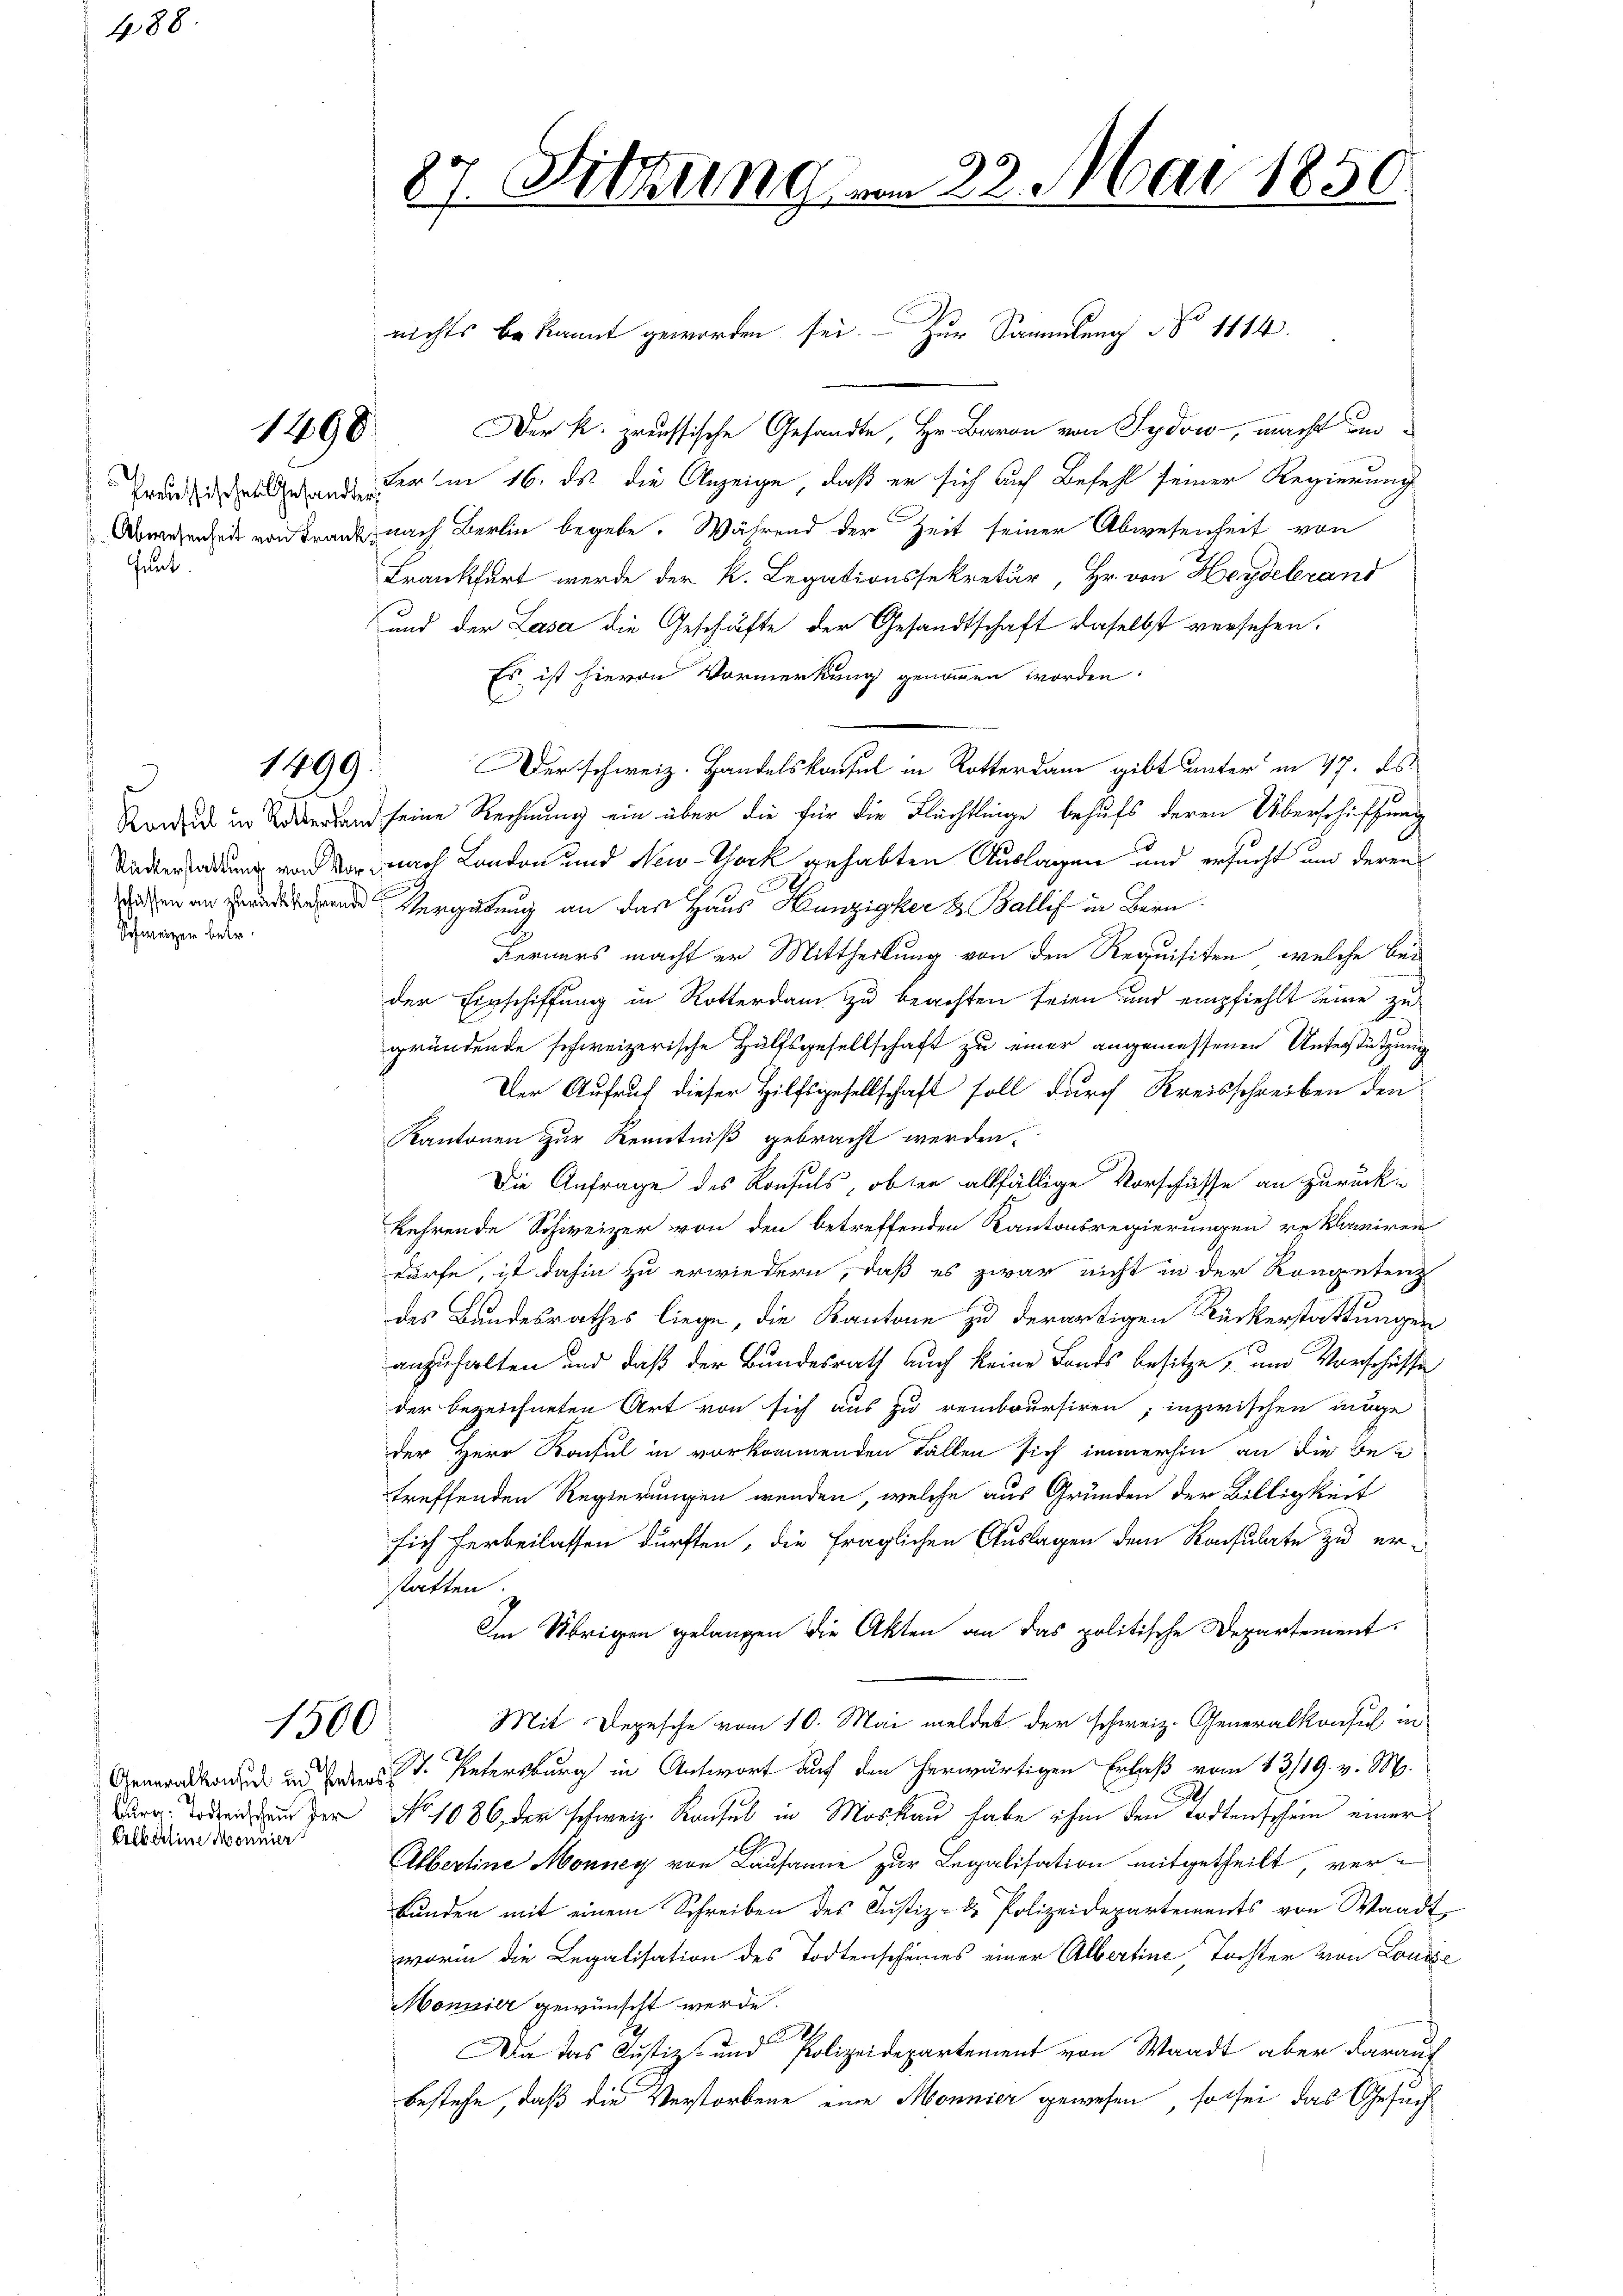
488.

Gunt

Schweizer betr.

1898

1499.

1500

Eilbarline Mönnier

Der k. preussische Gesandte, Hr. Baron von Sydow, macht an¬
Graderm 16. ds. die Anzeige, daß er sich auf Befehl seiner Regierung
Abwesenheit von Franz nach Berlin begebe. Während der Zeit seiner Abwesenheit von
Frankfurt werde der K. Legationssekretär, Hr. von Heydelerand
und der Lasa die Geschäfte der Gesandtschaft daselbst versehen.
Es ist hievon Vormerkung genommen worden.
Sardi in Wertend seine Rechnung ein über die für die Flüchtlinge behufs deren Überschiffung
Unterhaltung von vor nach London und New-York gehabten Auslagen und ersucht und deren
 Vergütung an das Haus Hunziger & Ballif in Bern
Ferners macht er Mittheilung von den Requisiten, welche bei
der Einschiffung in Rotterdam zu beachten seien und empfiehlt seine zu
gründende schweizerische Hülfsgesellschaft zu einer angemessenen Unterstützung
Der Aufruf dieser Hilfsgesellschaft soll durch Kreisschreiben den
Kantonen zur Kenntniß gebracht werden.
Die Anfrage des Konsuls, obter allfällige Vorschäffe an zurück-
kehrende Schweizer von den betreffenden Kantonsregierungen reklamiren
dürfe, ist dahin zu erwiedern, daß es zwar nicht in der Kompetenz
des Bandesrathes liege, die Kantone zu derartigen Rückerstattungen
anzuhalten und daß der Bundesrath auch keine Fonds besitze, um Vorschüsse
der bezeichneten Art von sich aus zu remboursiren; inzwischen möge
der Herr Konsul in vorkommenden Fällen sich immerhin an die Bez
treffenden Regierungen wenden, welche aus Gründen der Billigkeit
sich herbeilassen dürften, die fraglichen Auslagen dem Konsulate zu erstatten
Im Übrigen gelangen die Akten an das politische Departement
Mit Depesche vom 10. Mai meldet der schweiz. Generalkonsul in
Anmerkunden in Baden 7. Untersburg in Antwort auch den herwärtigen Erlaß vom 13/19. v. M.
Br. oder der No 1086, der schweiz. Konsul in Moskau habe ihm den Todtenschein einer
Albertine Monney von Lausanne zur Legalisation mitgetheilt, verbŭnden mit einem Schreiben des Justiz- & Polizeidepartements von Waadt
worin die Legalisation des Todtenscheines einer Albertine, Tochter von Louise
Monuier gewünscht werde.
Da das Justiz- und Polizeidepartement von Waadt aber darauf
bestehe, daß die Verstorbene eine Monnier gewesen, so sei das Gesuch

87. Sitzung

vom 22. Mai 1850

nichts bekannt geworden sei. Zur Sammlung No 1114

Der schweiz. Handelskaufel in Rotterdam gibt unter in 17. ds.